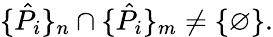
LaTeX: \{ \hat{P}_{i}\} _{n}\cap\{ \hat{P}_{i}\} _{m}\neq\{ \varnothing\} .